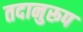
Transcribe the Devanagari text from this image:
तदानुरूप